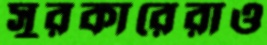
সুরকারেরাও